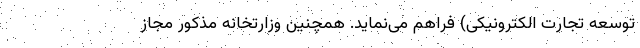
توسعه تجارت الکترونیکی) فراهم می‌نماید. همچنین وزارتخانه مذکور مجاز